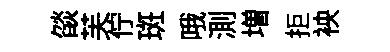
燄芙佇斑哦測増拒䘧